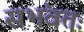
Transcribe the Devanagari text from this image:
सभंवतः